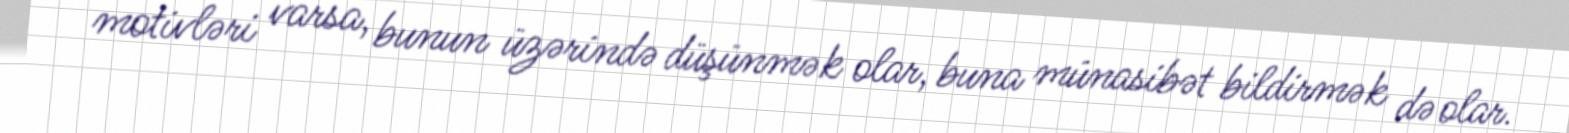
motivləri varsa, bunun üzərində düşünmək olar, buna münasibət bildirmək də olar.